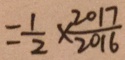
= \frac { 1 } { 2 } \times \frac { 2 0 1 7 } { 2 0 1 6 }